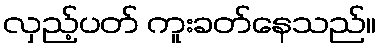
လှည့်ပတ် ကူးခတ်နေသည်။